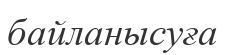
байланысуға